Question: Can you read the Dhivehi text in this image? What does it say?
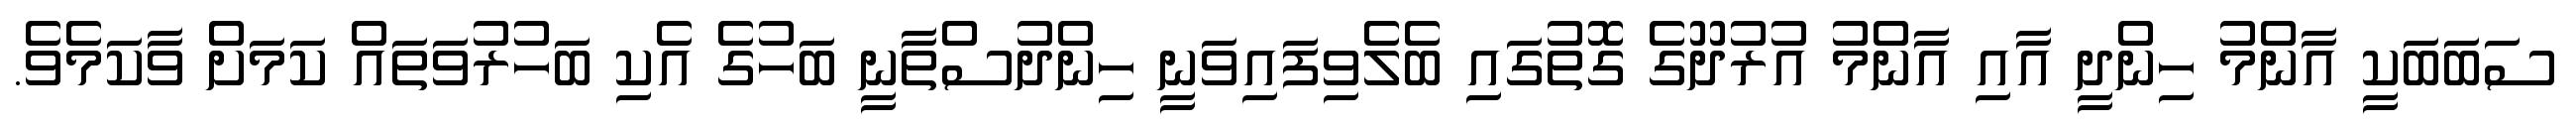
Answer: ސަބަބަކީ އާންމު ހިންދީ އާއި އާންމު އުރުދޫގެ ގޮތުގައި ބެލެވިފައިވަނީ ހިންދުސްތާނީ ބަހުގެ އެކި ބަހުރުވަތައް ކަމަށް ވާކަމެވެ.